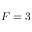
F = 3